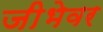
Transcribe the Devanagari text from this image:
जीभेवर